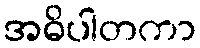
အဓိပါတကာ